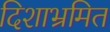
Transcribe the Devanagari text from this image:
दिशाभ्रमित